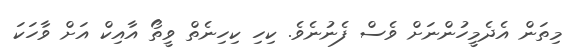
މިތަން އެދެމީހުންނަށް ވެސް ފެނުނެވެ. ކިހި ކިހިނެތް ވީތޯ އާއިކް އަށް ވާހަކަ